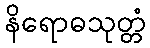
နိရောဓသုတ္တံ